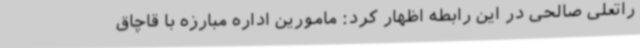
راتعلی صالحی در این رابطه اظهار کرد: مامورین اداره مبارزه با قاچاق